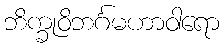
ဘိက္ခုဝိဘင်္ဂမဟာဝါရော